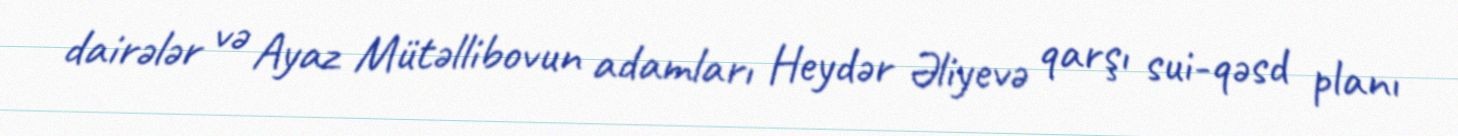
dairələr və Ayaz Mütəllibovun adamları Heydər Əliyevə qarşı sui-qəsd planı